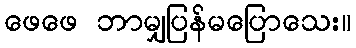
ဖေဖေ ဘာမျှပြန်မပြောသေး။